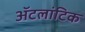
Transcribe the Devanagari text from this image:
ॲटलांटिक